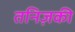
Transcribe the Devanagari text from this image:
तनिज़की